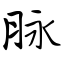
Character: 脉